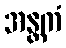
အန္တကံ